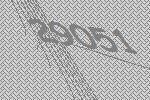
29051